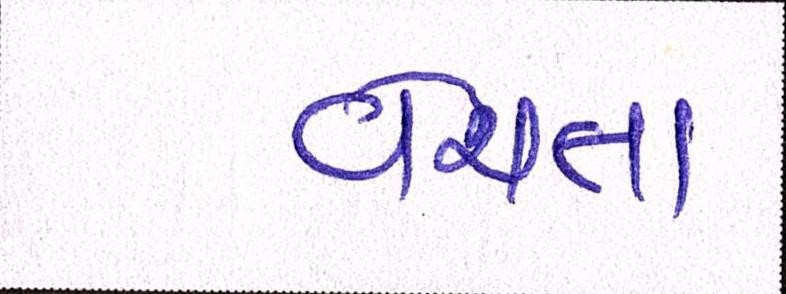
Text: વેચતા